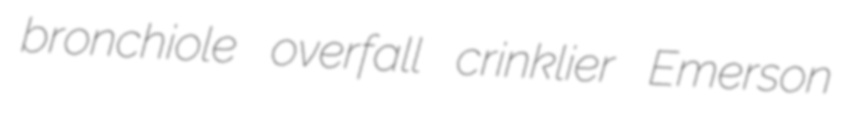
bronchiole overfall crinklier Emerson